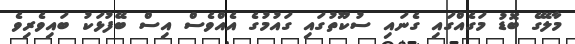
މާލޭގެ ބޮޑު މަގެއްގައި ގެނައި ސުކޫތުގައި ގައުމުގެ އެއްވެސް އިސް ބޭފުޅަކު ބައިވެރިވެ